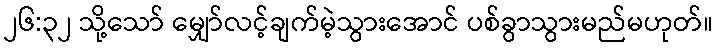
၂၆:၃၂ သို့သော် မျှော်လင့်ချက်မဲ့သွားအောင် ပစ်ခွာသွားမည်မဟုတ်။